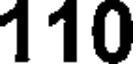
110